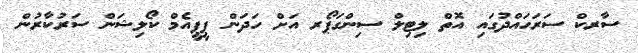
ސާރކް ސަރަހައްދުގައި އޮތް ލިޓިލް ސިންގަޕޯރ އަށް ހަަދަން ޕީޕީއެމް ކޯލިޝަން ސަރުކާރުން